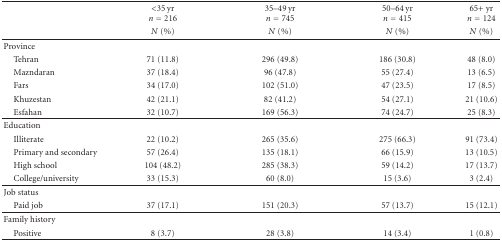
|  | <35 yr n = 216 | 35–49 yr n = 745 | 50–64 yr n = 415 | 65+ yr n = 124 |
 |  | N (%) | N (%) | N (%) | N (%) |
 | --- | --- | --- | --- | --- |
 | Province |  |  |  |  |
 | Tehran | 71 (11.8) | 296 (49.8) | 186 (30.8) | 48 (8.0) |
 | Mazndaran | 37 (18.4) | 96 (47.8) | 55 (27.4) | 13 (6.5) |
 | Fars | 34 (17.0) | 102 (51.0) | 47 (23.5) | 17 (8.5) |
 | Khuzestan | 42 (21.1) | 82 (41.2) | 54 (27.1) | 21 (10.6) |
 | Esfahan | 32 (10.7) | 169 (56.3) | 74 (24.7) | 25 (8.3) |
 | Education |  |  |  |  |
 | Illiterate | 22 (10.2) | 265 (35.6) | 275 (66.3) | 91 (73.4) |
 | Primary and secondary | 57 (26.4) | 135 (18.1) | 66 (15.9) | 13 (10.5) |
 | High school | 104 (48.2) | 285 (38.3) | 59 (14.2) | 17 (13.7) |
 | College/university | 33 (15.3) | 60 (8.0) | 15 (3.6) | 3 (2.4) |
 | Job status |  |  |  |  |
 | Paid job | 37 (17.1) | 151 (20.3) | 57 (13.7) | 15 (12.1) |
 | Family history |  |  |  |  |
 | Positive | 8 (3.7) | 28 (3.8) | 14 (3.4) | 1 (0.8) |